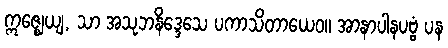
ဣဇ္ဈေယျ, သာ အသုဘနိဒ္ဒေသေ ပကာသိတာယေဝ။ အာနာပါနပဗ္ဗံ ပန